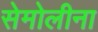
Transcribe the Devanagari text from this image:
सेमोलीना